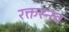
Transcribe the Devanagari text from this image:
रक्तस्नव